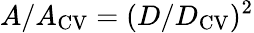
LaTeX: A/A_{\mathrm{CV}}=(D/D_{\mathrm{CV}})^{2}